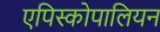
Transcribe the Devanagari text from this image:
एपिस्कोपालियन